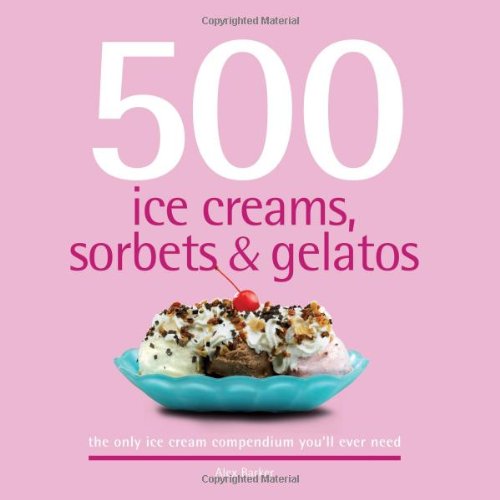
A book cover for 500 Ice Creams, Sorbets & Gelatos: The Only Ice Cream Compendium You'll Ever Need (500 Cooking (Sellers)); Alex Barker; Cookbooks, Food & Wine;